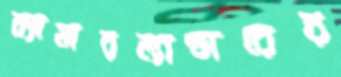
ক্যামারল্যান্ডারের